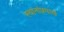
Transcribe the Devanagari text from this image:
स्थानांप्रमाणे